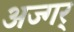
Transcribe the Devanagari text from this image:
अज्गर्